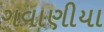
ગવાણીયા